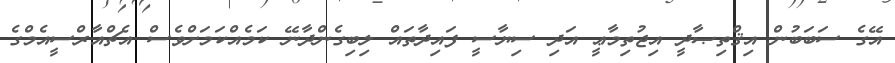
އޭގެ ސަބަބުން އިޤްތިޞާދީ އިޖުތިމާޢީ އަދި ސިޔާސީ ފައިދާތައް ލިބިގެންދާނޭ ކަމެއްކަމަށްވެސް އެޗްއާރްސީއެމްގެ